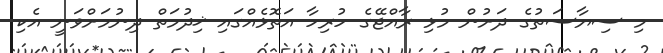
މި ސިޔާސަތުގެ ދަށުން މުޅި ރާއްޖޭގެ ހުރިހާ އަތޮޅެއްގައި ޚިދުމަތް ދިނުމަށްވަނީ އެކި